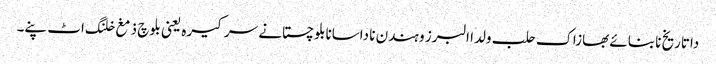
داتاریخ نا بنائے بھازاک حلب ولدا البرز و ہندن نا داسانابلوچستانے سرکیرہ یعنی بلوچ ذمغ خلنگ اٹ پنے۔